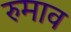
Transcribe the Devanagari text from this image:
रुमाव